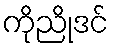
ကိုညိုဒင်